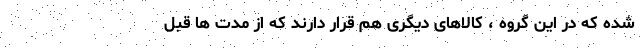
شده که در این گروه ، کالاهای دیگری هم قرار دارند که از مدت ها قبل